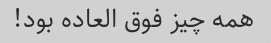
همه چیز فوق العاده بود!